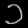
Digit: ၁